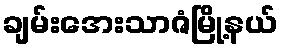
ချမ်းအေးသာဇံမြို့နယ်